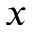
x